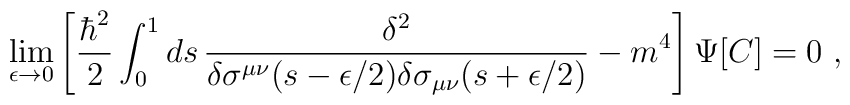
\lim_{\epsilon\rightarrow 0}\left[{\hbar^2\over 2}\int_0^1 ds\, {\delta^2\over \delta\sigma^{\mu\nu}(s-\epsilon/2)\delta\sigma_{\mu\nu}(s+\epsilon/2)}-m^4\right]\Psi[C]=0\ ,